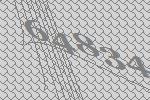
64834